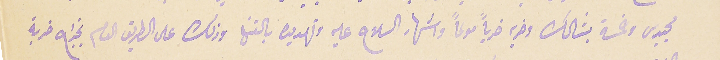
مجيدى وخمسة بشالك وضربه ضرباً مولماً واشهار السلاح عليه وتهديده بالقتل وذلك على الطريق العام بخراج خربة